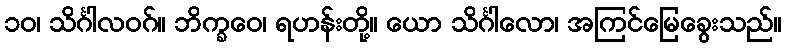
၁၀၊ သိင်္ဂါလဝဂ်။ ဘိက္ခဝေ၊ ရဟန်းတို့။ ယော သိင်္ဂါလော၊ အကြင်မြေခွေးသည်။